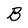
Character: B